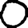
Digit: 0